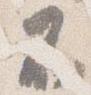
不